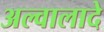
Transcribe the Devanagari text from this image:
अल्वालादे